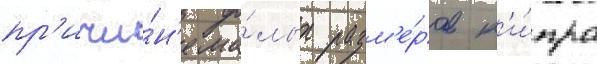
пр'ичи́н'е ма́лых разм'е́ров к'и́пра